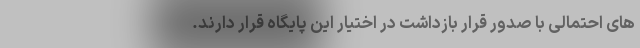
های احتمالی با صدور قرار بازداشت در اختیار این پایگاه قرار دارند.